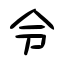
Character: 令